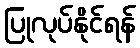
ပြုလုပ်နိုင်ရန်